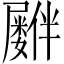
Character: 𪨠